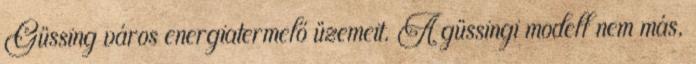
Güssing város energiatermelő üzemeit. A güssingi modell nem más,